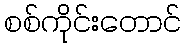
စစ်ကိုင်းတောင်